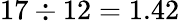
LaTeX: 17\div 12=1.42